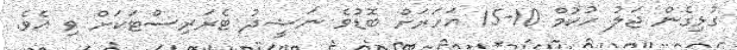
ގުޅިގެން ޖަލު ހުކުމް 10-15 އަހަރަށް ބޮޑުވެ ނަޝީދު ޓެރަރިސްޓަކަށް ވި އެވެ.